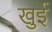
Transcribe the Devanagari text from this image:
खुई